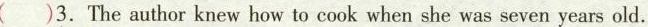
()3. The author knew how to cook when she was seven years old.